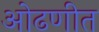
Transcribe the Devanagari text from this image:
ओढणीत